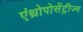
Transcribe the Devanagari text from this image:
एंथ्रोपोसेंट्रीज्म